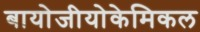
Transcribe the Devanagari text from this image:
बायोजीयोकेमिकल